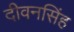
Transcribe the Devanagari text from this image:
दीवनसिंह